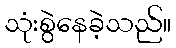
သုံးစွဲနေခဲ့သည်။